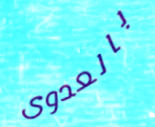
بالعدوى